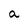
Character: a